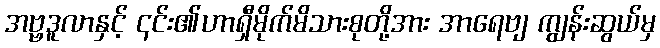
အဗ္ဗဒူလာနှင့် ၎င်း၏ဟာရှီမိုက်မိသားစုတို့အား အာရေဗျ ကျွန်းဆွယ်မှ